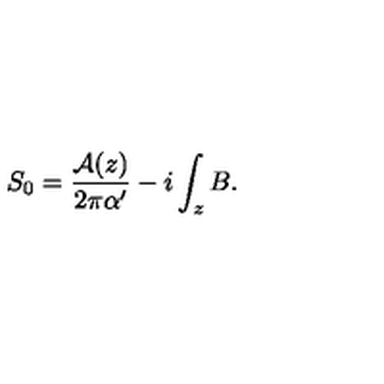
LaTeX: S _ { 0 } = \frac { { \cal A } ( z ) } { 2 \pi \alpha ^ { \prime } } - i \int _ { z } B .